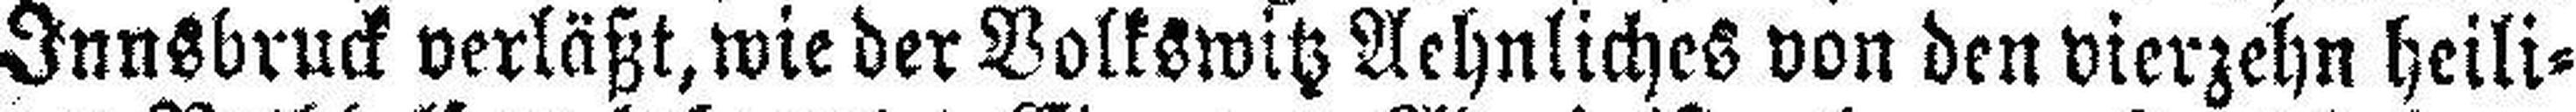
Innsbruck verläßt,wieder Volkswitz Aehnliches von den vierzehn heili¬